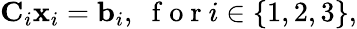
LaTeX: \mathbf{C}_{i}\mathbf{x}_{i}=\mathbf{b}_{i},\; \mathrm{~f~o~r~}i\in\{ 1,2,3\} ,